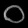
Digit: ၀